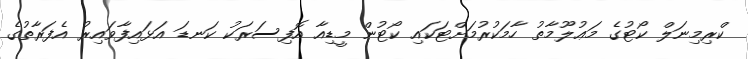
ކްރިމިނަލް ކޯޓުގެ މަޢުލޫމާތު ހާމަކުރުމަށްޓަކައި ކޯޓުން މީޑިއާ އޮފިސަރަކު ކަނޑަ އަޅައިފާވައިރު އެފަރާތުގެ